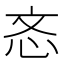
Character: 忞